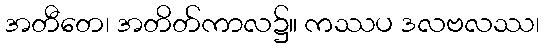
အတီတေ၊ အတိတ်ကာလ၌။ ကဿပ ဒလဗလဿ၊